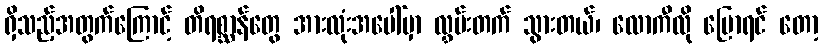
ရှိသည့်အတွက်ကြောင့် တိရစ္ဆာန်တွေ အားလုံးအပေါ်မှာ လွှမ်းတက် သွားတယ်၊ လောကီလို ပြောရင် တော့